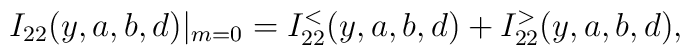
I_{22}(y,a,b,d)|_{m=0}=I_{22}^{<}(y,a,b,d)+I_{22}^{>}(y,a,b,d),